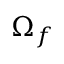
\boldsymbol { \Omega } _ { f }